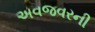
અવજવરની